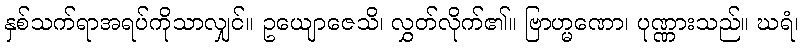
နှစ်သက်ရာအရပ်ကိုသာလျှင်။ ဥယျောဇေသိ၊ လွှတ်လိုက်၏။ ဗြာဟ္မဏော၊ ပုဏ္ဏားသည်။ ဃရံ၊